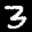
Label: 3